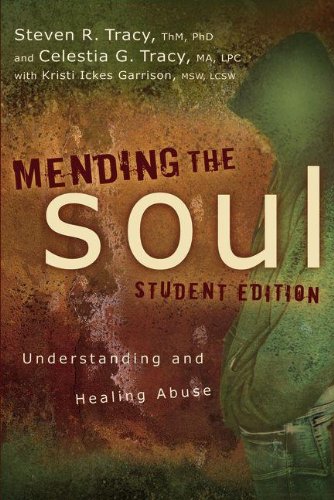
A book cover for Mending the Soul Student Edition: Understanding and Healing Abuse; Steven R. Tracy; Christian Books & Bibles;